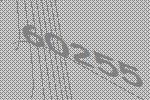
60255